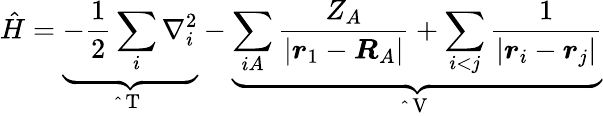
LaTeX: \hat{H}=\underbrace{-\frac{1}{2}\sum_{i}\nabla_{i}^{2}}_{\mathrm{~\hat{~}{~T~}~}}-\underbrace{\sum_{iA}\frac{Z_{A}}{|\boldsymbol{r}_{1}-\boldsymbol{R}_{A}|}+\sum_{i<j}\frac{1}{|\boldsymbol{r}_{i}-\boldsymbol{r}_{j}|}}_{\mathrm{~\hat{~}{~V~}~}}